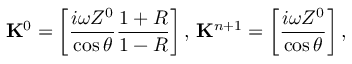
\mathbf { K } ^ { 0 } = \left[ \frac { i \omega Z ^ { 0 } } { \cos \theta } \frac { 1 + R } { 1 - R } \right] , \, \mathbf { K } ^ { n + 1 } = \left[ \frac { i \omega Z ^ { 0 } } { \cos \theta } \right] ,